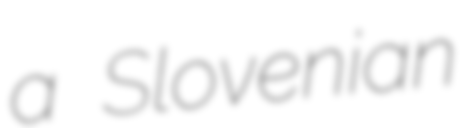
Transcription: a Slovenian